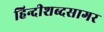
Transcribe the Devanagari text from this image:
हिन्दीशब्दसागर